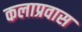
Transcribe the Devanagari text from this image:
कलाप्रवास